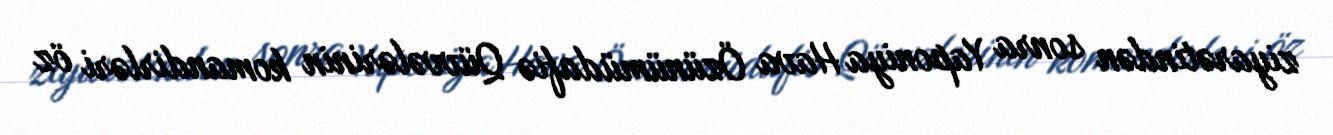
ziyarətindən sonra Yaponiya Hava Özünümüdafiə Qüvvələrinin komandirləri öz